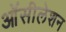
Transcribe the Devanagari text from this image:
ऑसीलेशन